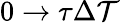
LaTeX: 0\to\tau\Delta\mathcal{T}